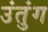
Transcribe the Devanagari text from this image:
उंतुंग